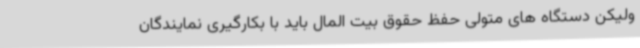
ولیکن دستگاه های متولی حفظ حقوق بیت المال باید با بکارگیری نمایندگان